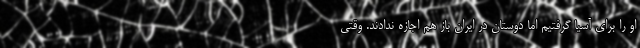
او را برای آسیا گرفتیم اما دوستان در ایران باز هم اجازه ندادند. وقتی